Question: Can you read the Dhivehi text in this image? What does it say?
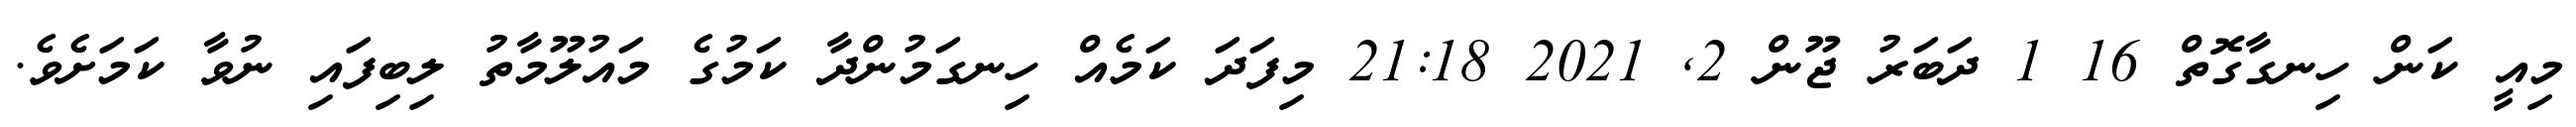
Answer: މިއީ ކަން ހިނގާގޮތް 16 1 ދަބަރު ޖޫން 2, 2021 21:18 މިފަދަ ކަމެއް ހިނގަމުންދާ ކަމުގެ މައުލޫމާތު ލިބިފައި ނުވާ ކަމަށެވެ.